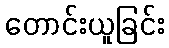
တောင်းယူခြင်း